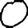
Digit: 0